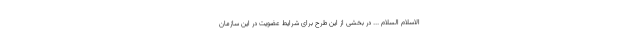
الاسلام السلام ... در بخشی از این طرح برای شرایط عضویت در این سازمان